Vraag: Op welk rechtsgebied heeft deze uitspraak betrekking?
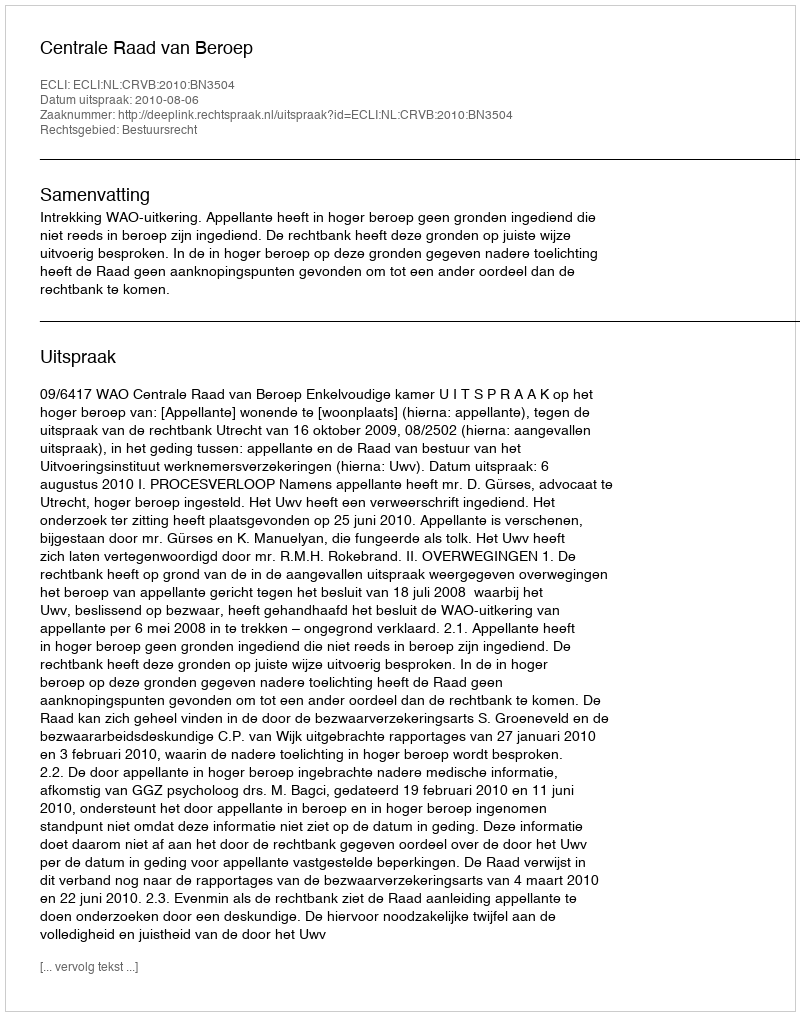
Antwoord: Bestuursrecht